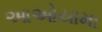
આઓયામા